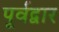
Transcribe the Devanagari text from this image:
पूर्वद्वार